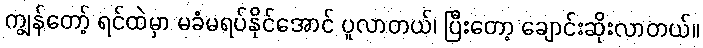
ကျွန်တော့် ရင်ထဲမှာ မခံမရပ်နိုင်အောင် ပူလာတယ်၊ ပြီးတော့ ချောင်းဆိုးလာတယ်။